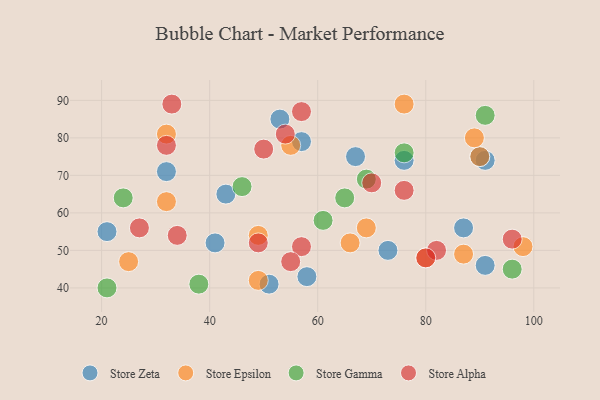
{"axis": {"x": "GDP", "y": "Life Expectancy"}, "legend": ["Store Alpha", "Store Epsilon", "Store Gamma", "Store Zeta"], "data": [{"x": "91", "y": 46, "type": "Store Zeta"}, {"x": "91", "y": 74, "type": "Store Zeta"}, {"x": "32", "y": 71, "type": "Store Zeta"}, {"x": "90", "y": 75, "type": "Store Zeta"}, {"x": "53", "y": 85, "type": "Store Zeta"}, {"x": "73", "y": 50, "type": "Store Zeta"}, {"x": "57", "y": 79, "type": "Store Zeta"}, {"x": "51", "y": 41, "type": "Store Zeta"}, {"x": "21", "y": 55, "type": "Store Zeta"}, {"x": "43", "y": 65, "type": "Store Zeta"}, {"x": "87", "y": 56, "type": "Store Zeta"}, {"x": "41", "y": 52, "type": "Store Zeta"}, {"x": "67", "y": 75, "type": "Store Zeta"}, {"x": "58", "y": 43, "type": "Store Zeta"}, {"x": "76", "y": 74, "type": "Store Zeta"}, {"x": "98", "y": 51, "type": "Store Epsilon"}, {"x": "49", "y": 54, "type": "Store Epsilon"}, {"x": "87", "y": 49, "type": "Store Epsilon"}, {"x": "69", "y": 56, "type": "Store Epsilon"}, {"x": "32", "y": 81, "type": "Store Epsilon"}, {"x": "55", "y": 78, "type": "Store Epsilon"}, {"x": "49", "y": 42, "type": "Store Epsilon"}, {"x": "32", "y": 63, "type": "Store Epsilon"}, {"x": "80", "y": 48, "type": "Store Epsilon"}, {"x": "90", "y": 75, "type": "Store Epsilon"}, {"x": "25", "y": 47, "type": "Store Epsilon"}, {"x": "76", "y": 89, "type": "Store Epsilon"}, {"x": "89", "y": 80, "type": "Store Epsilon"}, {"x": "66", "y": 52, "type": "Store Epsilon"}, {"x": "76", "y": 76, "type": "Store Gamma"}, {"x": "96", "y": 45, "type": "Store Gamma"}, {"x": "65", "y": 64, "type": "Store Gamma"}, {"x": "91", "y": 86, "type": "Store Gamma"}, {"x": "61", "y": 58, "type": "Store Gamma"}, {"x": "69", "y": 69, "type": "Store Gamma"}, {"x": "46", "y": 67, "type": "Store Gamma"}, {"x": "24", "y": 64, "type": "Store Gamma"}, {"x": "21", "y": 40, "type": "Store Gamma"}, {"x": "38", "y": 41, "type": "Store Gamma"}, {"x": "34", "y": 54, "type": "Store Alpha"}, {"x": "82", "y": 50, "type": "Store Alpha"}, {"x": "57", "y": 51, "type": "Store Alpha"}, {"x": "57", "y": 87, "type": "Store Alpha"}, {"x": "54", "y": 81, "type": "Store Alpha"}, {"x": "70", "y": 68, "type": "Store Alpha"}, {"x": "55", "y": 47, "type": "Store Alpha"}, {"x": "33", "y": 89, "type": "Store Alpha"}, {"x": "27", "y": 56, "type": "Store Alpha"}, {"x": "96", "y": 53, "type": "Store Alpha"}, {"x": "49", "y": 52, "type": "Store Alpha"}, {"x": "80", "y": 48, "type": "Store Alpha"}, {"x": "76", "y": 66, "type": "Store Alpha"}, {"x": "50", "y": 77, "type": "Store Alpha"}, {"x": "32", "y": 78, "type": "Store Alpha"}]}